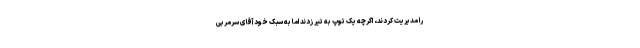
را مدیریت کردند، اگرچه یک توپ به تیر زدند اما به سبک خود آقای سرمربی